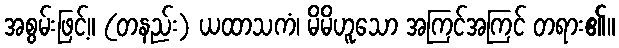
အစွမ်းဖြင့်။ (တနည်း) ယထာသကံ၊ မိမိဟူသော အကြင်အကြင် တရား၏။